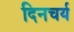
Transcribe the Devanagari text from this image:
दिनचर्य